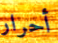
أحرار